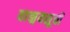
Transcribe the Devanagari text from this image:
वाङ्मयसूची